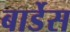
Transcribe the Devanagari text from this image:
बार्डेस